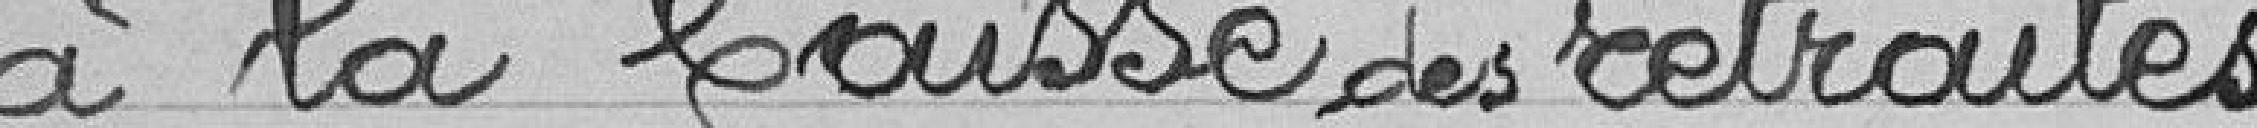
à la baisse des retraites